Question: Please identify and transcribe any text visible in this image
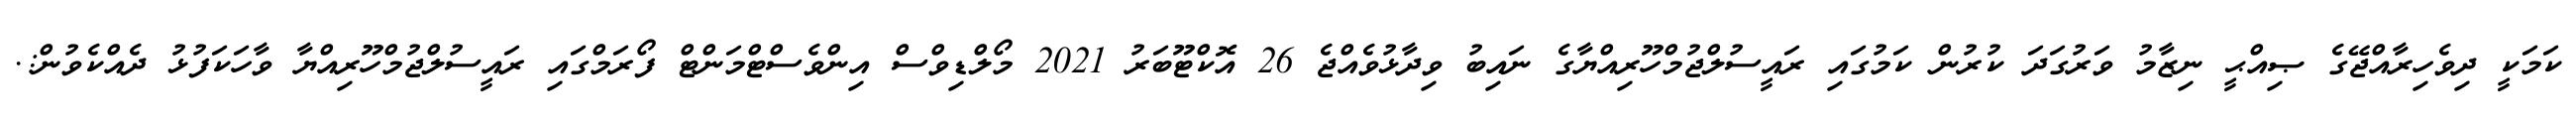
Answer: ކަމަކީ ދިވެހިރާއްޖޭގެ ޞިއްޙީ ނިޒާމު ވަރުގަދަ ކުރުން ކަމުގައި ރައީސުލްޖުމްހޫރިއްޔާގެ ނައިބު ވިދާޅުވެއްޖެ 26 އޮކްޓޫބަރު 2021 މޯލްޑިވްސް އިންވެސްޓްމަންޓް ފޯރަމްގައި ރައީސުލްޖުމްހޫރިއްޔާ ވާހަކަފުޅު ދެއްކެވުން:.